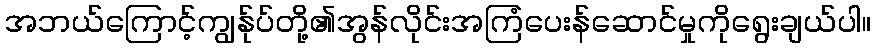
အဘယ်ကြောင့်ကျွန်ုပ်တို့၏အွန်လိုင်းအကြံပေးန်ဆောင်မှုကိုရွေးချယ်ပါ။